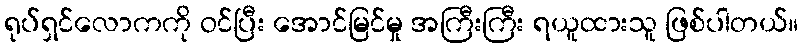
ရုပ်ရှင်လောကကို ဝင်ပြီး အောင်မြင်မှု အကြီးကြီး ရယူထားသူ ဖြစ်ပါတယ်။